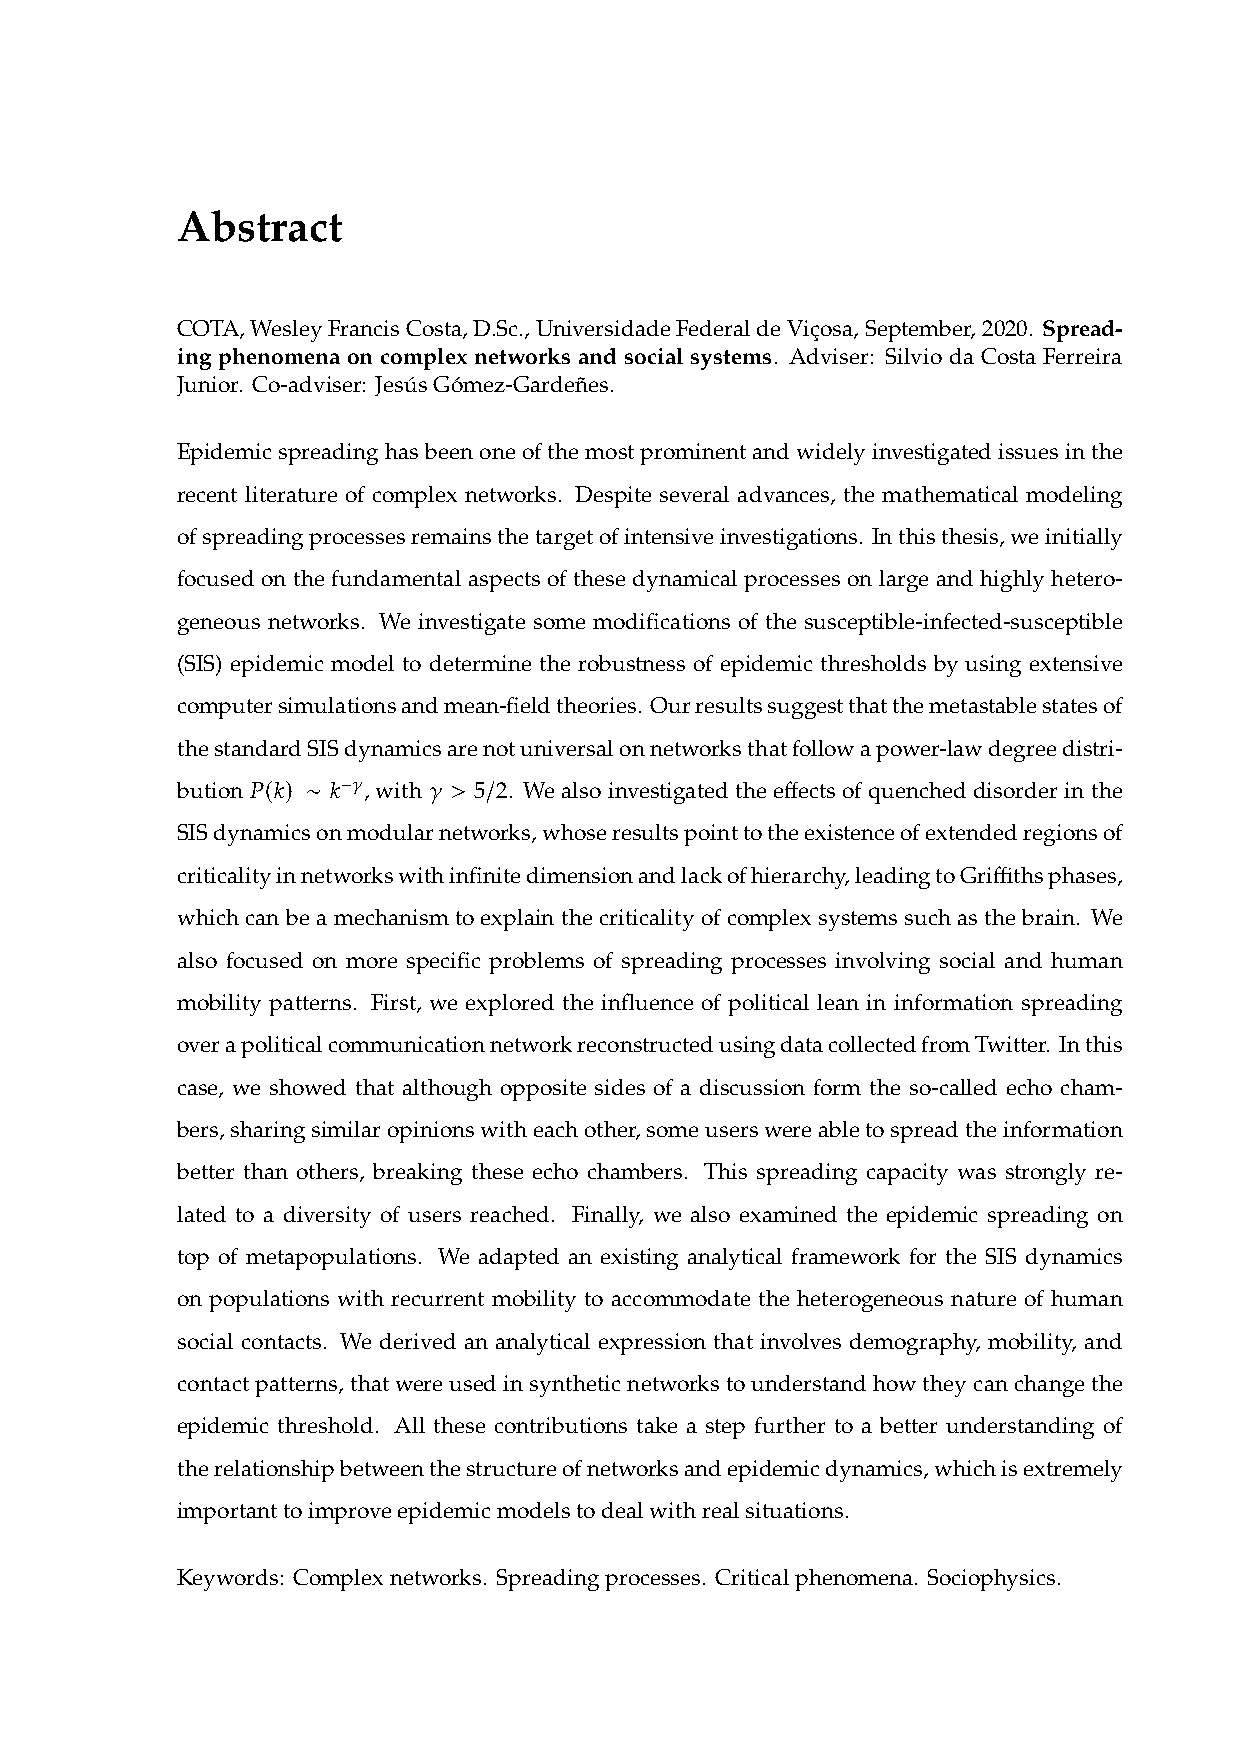
Abstract
 COTA,WesleyFrancisCosta,D.Sc.,UniversidadeFederaldeViçosa,September,2020. Spread-
 ing phenomena on complex networks and social systems. Adviser: Silvio da Costa Ferreira
 Junior. Co-adviser: JesúsGómez-Gardeñes.
 Epidemicspreadinghasbeenoneofthemostprominentandwidelyinvestigatedissuesinthe
 recent literature of complex networks. Despite several advances, the mathematical modeling
 ofspreadingprocessesremainsthetargetofintensiveinvestigations. Inthisthesis,weinitially
 focused on the fundamental aspects of these dynamical processes on large and highly hetero-
 geneous networks. We investigate some modifications of the susceptible-infected-susceptible
 (SIS) epidemic model to determine the robustness of epidemic thresholds by using extensive
 computersimulationsandmean-fieldtheories. Ourresultssuggestthatthemetastablestatesof
 thestandardSISdynamicsarenotuniversalonnetworksthatfollowapower-lawdegreedistri-
 𝑃(𝑘) ∼ 𝑘−𝛾 𝛾 > /
 bution      , with 5 2. We also investigatedthe effects of quencheddisorder in the
 SISdynamicsonmodularnetworks,whoseresultspointtotheexistenceofextendedregionsof
 criticalityinnetworkswithinfinitedimensionandlackofhierarchy,leadingtoGriffithsphases,
 which can be a mechanism to explain the criticality of complex systems such as the brain. We
 also focused on more specific problems of spreading processes involving social and human
 mobility patterns. First, we explored the influence of political lean in information spreading
 overapoliticalcommunicationnetworkreconstructedusingdatacollectedfromTwitter. Inthis
 case, we showed that although opposite sides of a discussion form the so-called echo cham-
 bers,sharingsimilaropinionswitheachother,someuserswereabletospreadtheinformation
 better than others, breaking these echo chambers. This spreading capacity was strongly re-
 lated to a diversity of users reached. Finally, we also examined the epidemic spreading on
 top of metapopulations. We adapted an existing analytical framework for the SIS dynamics
 on populations with recurrent mobility to accommodate the heterogeneous nature of human
 social contacts. We derived an analytical expression that involves demography, mobility, and
 contactpatterns,thatwereusedinsyntheticnetworkstounderstandhowtheycanchangethe
 epidemic threshold. All these contributions take a step further to a better understanding of
 therelationshipbetweenthestructureofnetworksandepidemicdynamics,whichisextremely
 importanttoimproveepidemicmodelstodealwithrealsituations.
 Keywords: Complexnetworks. Spreadingprocesses. Criticalphenomena. Sociophysics.